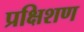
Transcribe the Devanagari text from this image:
प्रक्षिशण